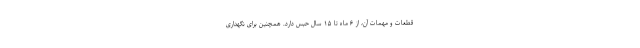
قطعات و مهمات آن، از ۶ ماه تا ۱۵ سال حبس دارد. همچنین برای نگهداری